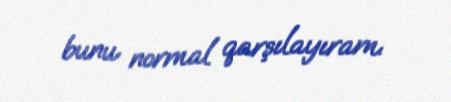
bunu normal qarşılayıram.